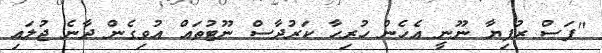
"ފަސް ރުފިޔާ ނޫނީ އެހެން ހުރިހާ ކަރުދާސް ނޫޓުތައް އުވިގެން ދާނެ ޖުލައި